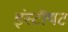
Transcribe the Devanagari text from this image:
इंस्टीयट